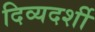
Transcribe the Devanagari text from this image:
दिव्‍यदर्शी